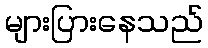
များပြားနေသည်